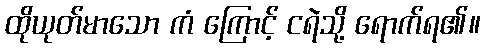
ထိုယုတ်မာသော ကံ ကြောင့် ငရဲသို့ ရောက်ရ၏။